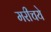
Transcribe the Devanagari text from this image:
मरीचये